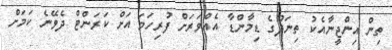
ތިން އިންޖީނާއެކު ތިނަދޫގެ ޑިމާންޑާ އެއްވަރަށް ފުރިހަމަ އަށް ކަރަންޓް ދެވޭނެ ކަމަށް